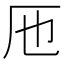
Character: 𠨱